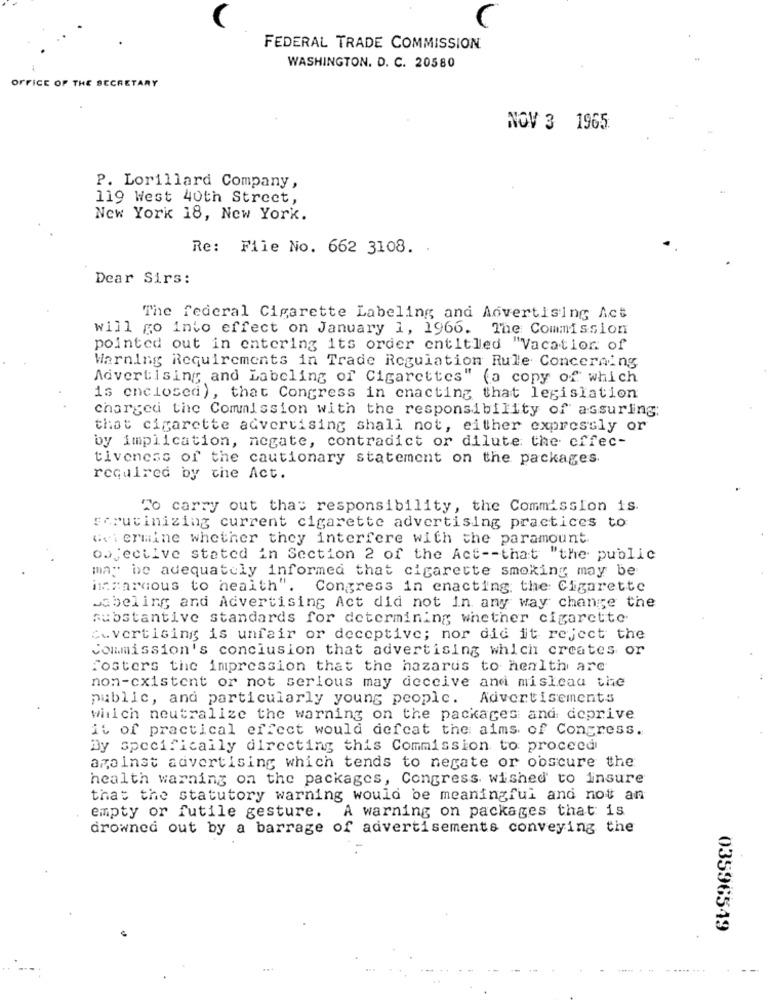
C
FEDERAL TRADE COMMISSION
WASHINGTON. D. C. 20580
OFFICE OF THE SECRETARY
NOV 3 1965
P. Lorillard Company,
119 West 40th Street,
New York 18, New York.
Re: File No. 662 3108. .
Dear Sirs:
The federal Cigarette Labeling and Advertising Act
will go into effect on January 1, 1966. The Commission
pointed out in entering its order entitled "Vacation of
Warning Requirements in Trade Regulation Rule Concerning
Advertising and Labeling of Cigarettes" (a copy of which
is enclosed), that Congress in enacting that legislation
charged the Commission with the responsibility of assuring;
that cigarette advertising shall not, either expressly or
by implication, negate, contradict or dilute the effec-
tiveness of the cautionary statement on the packages.
required by the Act.
To carry out that responsibility, the Commission is.
scrutinizing current cigarette advertising practices to
determine whether they interfere with the paramount
objective stated in Section 2 of the Act -- that "the public
may be adequately informed that cigarette smoking may be
inmarcous to health".
Congress in enacting the Cigarette
Jabeling and Advertising Act did not in any way change the
substantive standards for determining whether cigarette
euvertising is unfair or deceptive; nor did it reject the
Commission's conclusion that advertising which creates or
Fosters the impression that the hazards to health are
non-existent or not serious may deceive and mislead the
public, and particularly young people. Advertisements
which neutralize the warning on the packages and deprive
it of practical effect would defeat the aims of Congress.
By specifically directing this Commission to proceed
against advertising which tends to negate or obscure the
health warning on the packages, Congress wished to insure
that the statutory warning would be meaningful and not an
empty or futile gesture. A warning on packages that is
drowned out by a barrage of advertisements conveying the
03596549